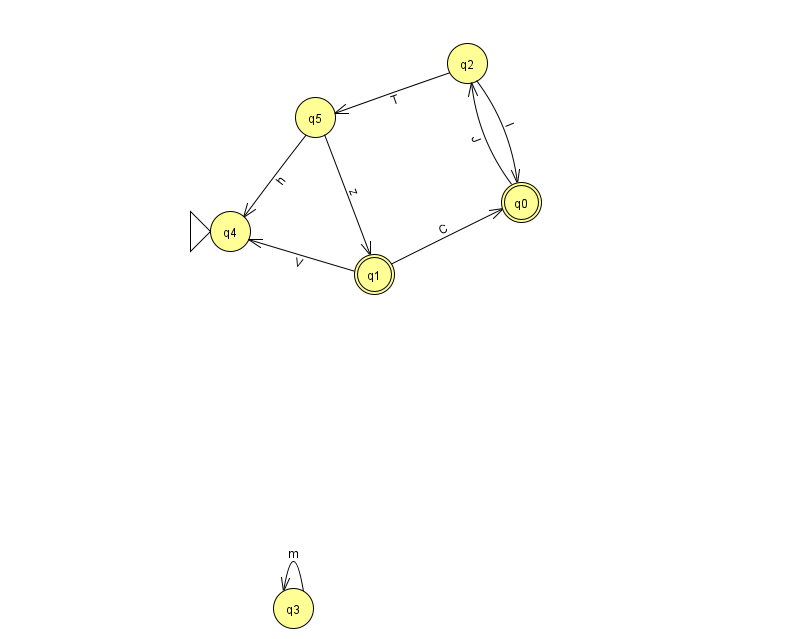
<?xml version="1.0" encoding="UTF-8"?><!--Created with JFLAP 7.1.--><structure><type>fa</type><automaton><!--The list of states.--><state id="0" name="q0"><x>521.0</x><y>189.0</y><final/></state><state id="1" name="q1"><x>374.0</x><y>261.0</y><final/></state><state id="2" name="q2"><x>467.0</x><y>50.0</y></state><state id="3" name="q3"><x>293.0</x><y>595.0</y></state><state id="4" name="q4"><x>230.0</x><y>218.0</y><initial/></state><state id="5" name="q5"><x>315.0</x><y>104.0</y></state><!--The list of transitions.--><transition><from>5</from><to>4</to><read>h</read></transition><transition><from>1</from><to>0</to><read>C</read></transition><transition><from>1</from><to>4</to><read>V</read></transition><transition><from>5</from><to>1</to><read>z</read></transition><transition><from>2</from><to>5</to><read>T</read></transition><transition><from>2</from><to>0</to><read>I</read></transition><transition><from>3</from><to>3</to><read>m</read></transition><transition><from>0</from><to>2</to><read>J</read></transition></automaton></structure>